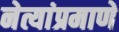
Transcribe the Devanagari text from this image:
नेत्यांप्रमाणे